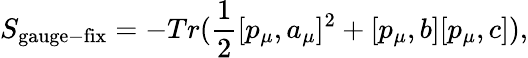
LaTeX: S_{\mathrm{gauge-fix}}=-Tr(\frac{1}{2}[p_{\mu},a_{\mu}]^{2}+[p_{\mu},b][p_{\mu},c]),